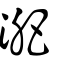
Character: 淝